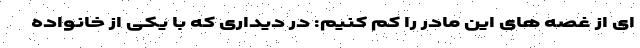
ای از غصه های این مادر را کم کنیم: در دیداری که با یکی از خانواده